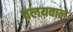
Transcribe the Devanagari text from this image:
वलयवाले